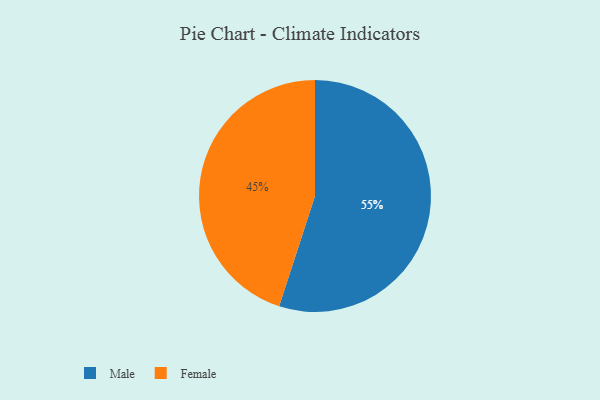
{"axis": {"x": "Category", "y": "Percentage"}, "legend": ["Female", "Male"], "data": [{"x": "Female", "y": 45, "type": "Female"}, {"x": "Male", "y": 55, "type": "Male"}]}